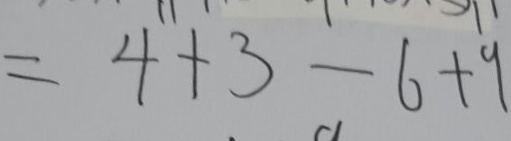
= 4 + 3 - 6 + 9